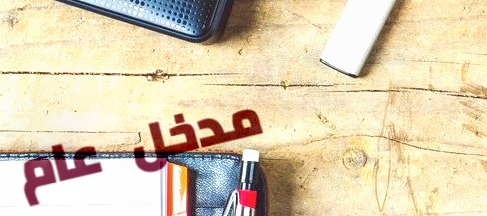
مدخل عام